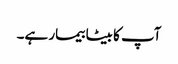
آپ کا بیٹا بیمار ہے۔